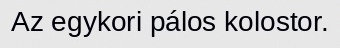
Az egykori pálos kolostor.